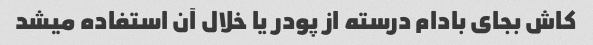
کاش بجای بادام درسته از پودر یا خلال آن استفاده میشد